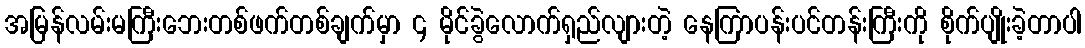
အမြန်လမ်းမကြီးဘေးတစ်ဖက်တစ်ချက်မှာ ၄ မိုင်ခွဲလောက်ရှည်လျားတဲ့ နေကြာပန်းပင်တန်းကြီးကို စိုက်ပျိုးခဲ့တာပါ